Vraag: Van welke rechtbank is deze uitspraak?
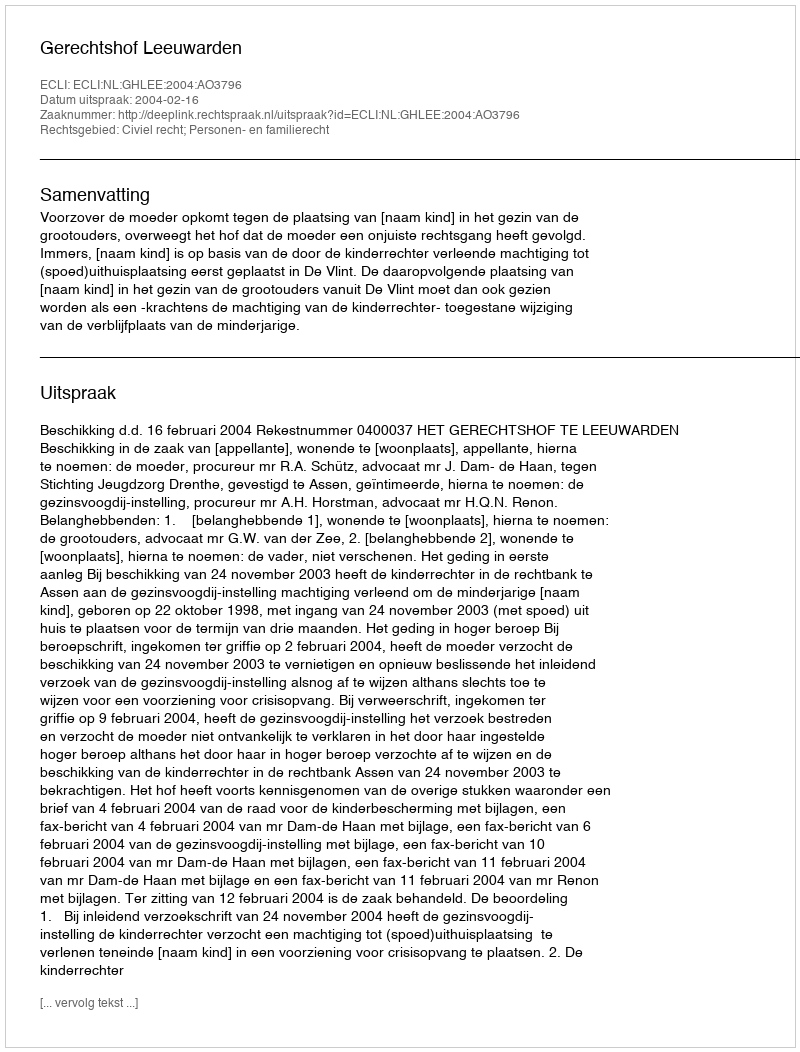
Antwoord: Gerechtshof Leeuwarden